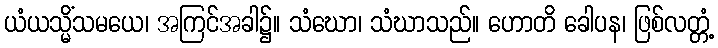
ယံယသ္မိံသမယေ၊ အကြင်အခါ၌။ သံဃော၊ သံဃာသည်။ ဟောတိ ခေါပန၊ ဖြစ်လတ္တံ့